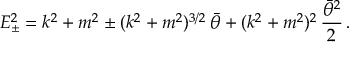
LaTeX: E _ { \pm } ^ { 2 } = k ^ { 2 } + m ^ { 2 } \pm ( k ^ { 2 } + m ^ { 2 } ) ^ { 3 / 2 } \, \bar { \theta } + ( k ^ { 2 } + m ^ { 2 } ) ^ { 2 } \, \frac { \bar { \theta } ^ { 2 } } { 2 } \, .